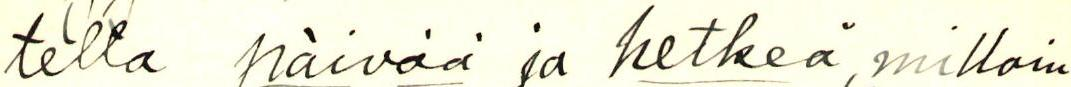
tella päivää ja hetkeä, milloin